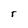
Character: C